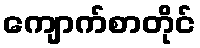
ကျောက်စာတိုင်